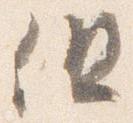
但